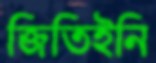
জিতিইনি